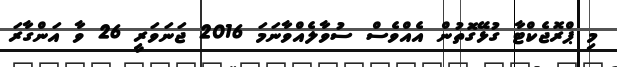
މި ޕްރޮޖެކްޓާ ގުޅޭގޮތުން އެއްވެސް ސުވާލެއްވާނަމަ 2016 ޖަނަވަރީ 26 ވާ އަންގާރަ